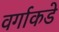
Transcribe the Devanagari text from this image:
वर्गाकडे